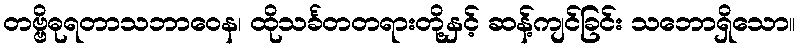
တဗ္ဗိဓုရတာသဘာဝေန၊ ထိုသင်္ခတတရားတို့နှင့် ဆန့်ကျင်ခြင်း သဘောရှိသော။